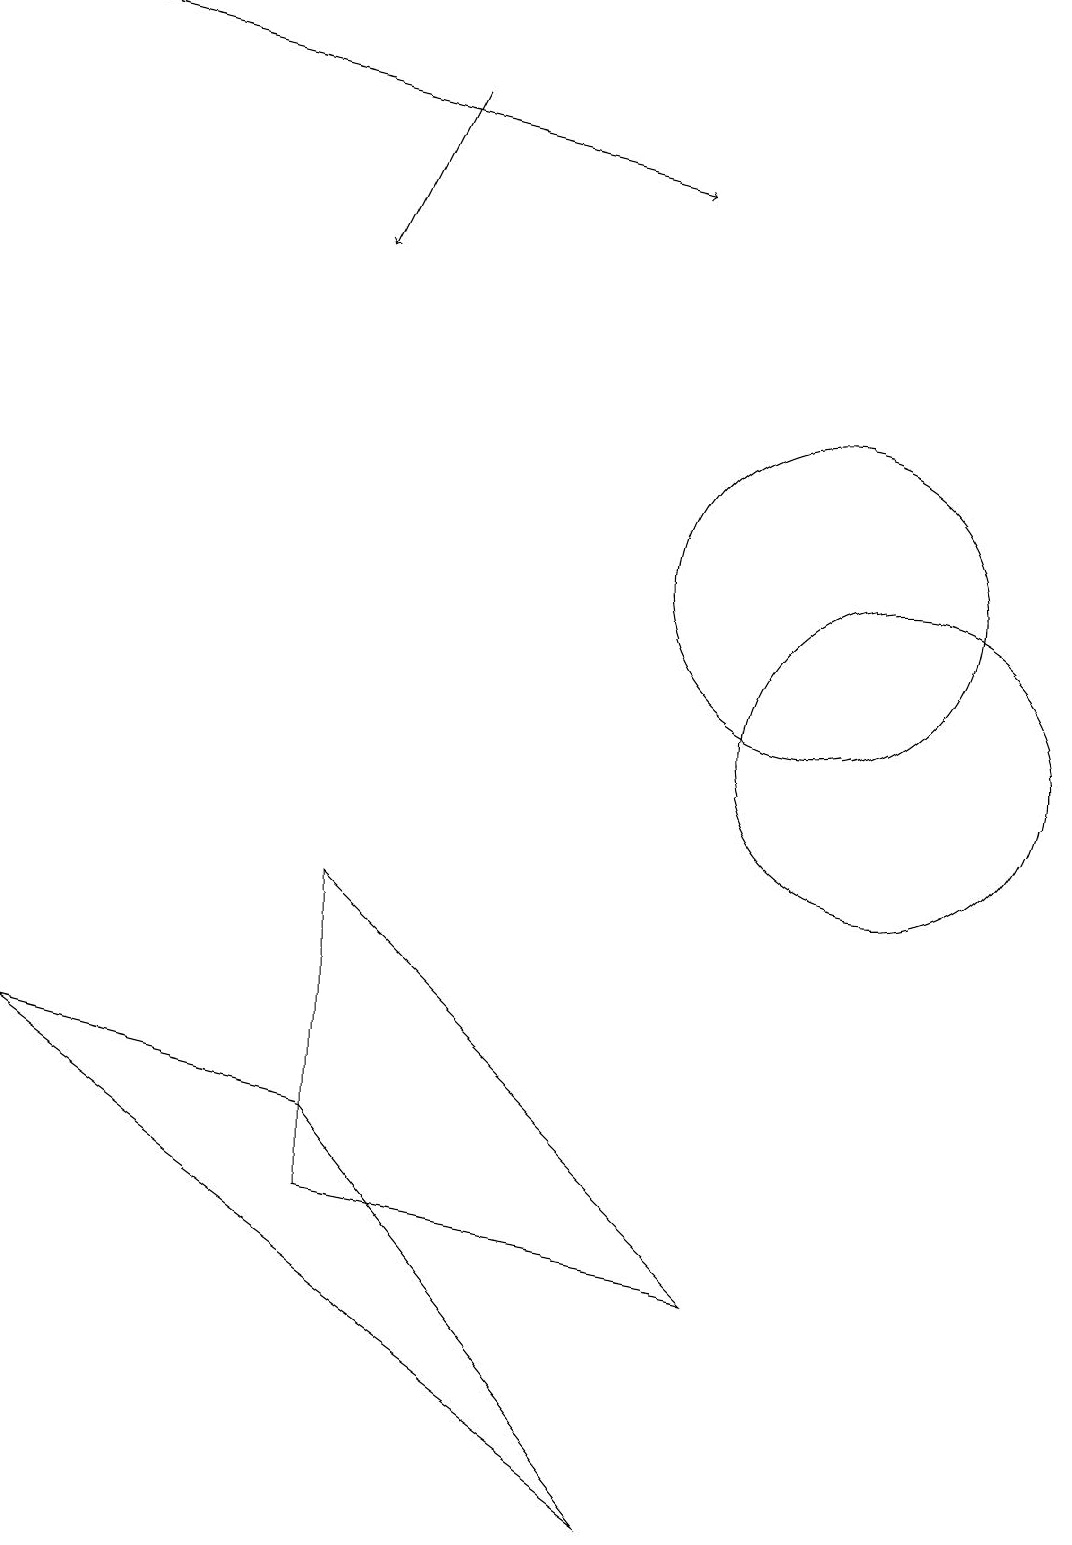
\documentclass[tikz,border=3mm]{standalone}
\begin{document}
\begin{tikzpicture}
\draw[->] (5,18) -- (4,16);
\draw (10,12) circle (2);
\draw (4,5) -- (8,0) -- (0,6) -- cycle;
\draw (11,10) circle (2);
\draw[->] (0,19) -- (8,17);
\draw (4,8) -- (4,4) -- (9,3) -- cycle;
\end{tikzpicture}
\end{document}